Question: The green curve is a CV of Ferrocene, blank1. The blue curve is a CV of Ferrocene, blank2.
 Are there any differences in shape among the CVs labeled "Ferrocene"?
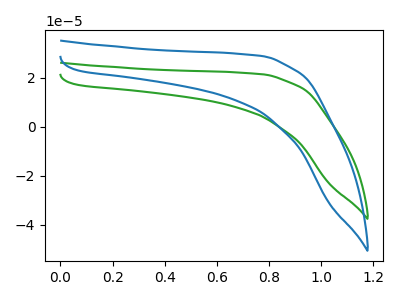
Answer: <think>The green curve "Ferrocene, blank1" has no peaks. The blue curve "Ferrocene, blank2" has no peaks.
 Neither "Ferrocene, blank1" or "Ferrocene, blank2" have any peaks.</think>
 <answer>All the CV's of "Ferrocene" have similar shape.</answer>
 <eval>follow_rule</eval>